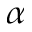
\alpha